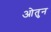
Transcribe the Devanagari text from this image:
ओतुन